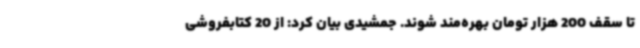
تا سقف 200 هزار تومان بهره‌مند شوند. جمشیدی بیان کرد: از 20 کتابفروشی